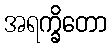
အရက္ခိတော